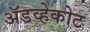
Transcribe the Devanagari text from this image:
ॲडव्हेकोट